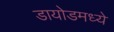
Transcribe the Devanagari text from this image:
डायोडमध्ये